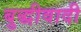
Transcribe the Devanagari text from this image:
बुद्धीवादी